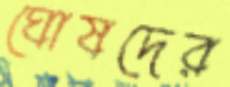
ঘোষদের